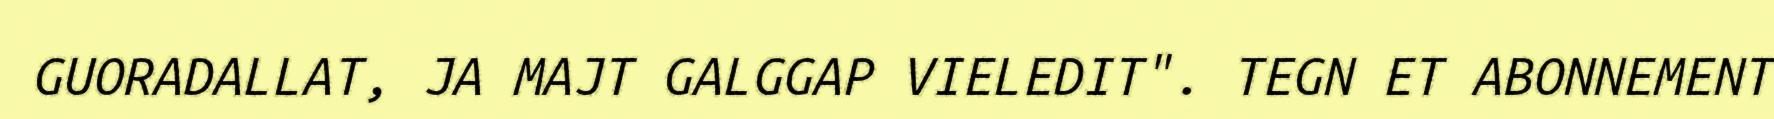
GUORADALLAT, JA MAJT GALGGAP VIELEDIT". TEGN ET ABONNEMENT